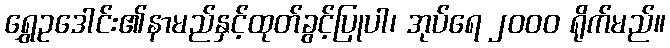
ရွှေဥဒေါင်း၏နာမည်နှင့်ထုတ်ခွင့်ပြုပါ၊ အုပ်ရေ ၂၀၀၀ ရိုက်မည်။